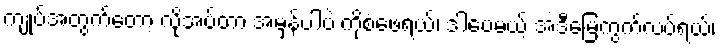
ကျုပ်အတွက်တော့ လိုအပ်တာ အမှန်ပါပဲ ကိုစံဖေရယ်၊ ဒါပေမယ့် အဲဒီမြေကွက်လပ်ရယ်၊